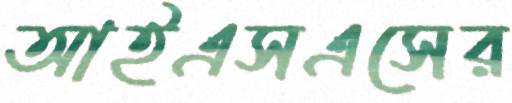
আইএসএসের